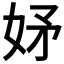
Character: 𭑴